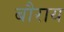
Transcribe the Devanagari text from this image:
बौराय